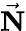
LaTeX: \vec{\mathbf{N}}